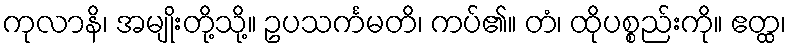
ကုလာနိ၊ အမျိုးတို့သို့။ ဥပသင်္ကမတိ၊ ကပ်၏။ တံ၊ ထိုပစ္စည်းကို။ ဧတ္ထ၊